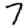
Digit: 7